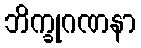
ဘိက္ခုဂဏနာ